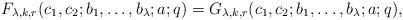
LaTeX: \begin{align*}F_{\lambda,k,r}(c_1,c_2;b_1,\dots,b_\lambda;a;q)=G_{\lambda,k,r}(c_1,c_2;b_1,\dots,b_\lambda;a;q),\end{align*}